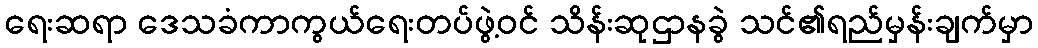
ရေးဆရာ ဒေသခံကာကွယ်ရေးတပ်ဖွဲ့ဝင် သိန်းဆုဌာနခွဲ သင်၏ရည်မှန်းချက်မှာ